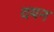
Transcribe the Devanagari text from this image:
दयन